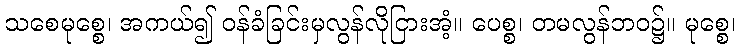
သစေမုစ္စေ၊ အကယ်၍ ဝန်ခံခြင်းမှလွန်လိုငြားအံ့။ ပေစ္စ၊ တမလွန်ဘဝ၌။ မုစ္စေ၊